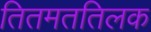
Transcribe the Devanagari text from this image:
तितमततिलक